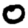
Digit: 0